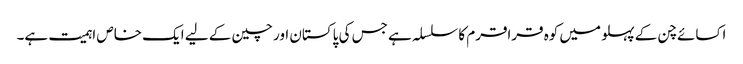
اکسائے چن کے پہلو میں کوہ قراقرم کا سلسلہ ہے جس کی پاکستان اور چین کے لیے ایک خاص اہمیت ہے۔